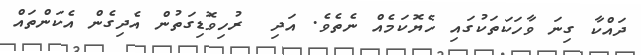
ދައްކާ ގިނަ ވާހަކަތަކުގައި ހެޔޮކަމެއް ނެތެވެ. އަދި  ރުހިވޮޑިގަތުން އެދިގެން އެކަންތައް